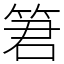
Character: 䇹